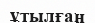
ұтылған